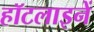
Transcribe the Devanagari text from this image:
हॉटलाइनें